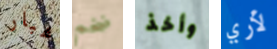
غبار ضخم وأخذ لأري